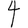
Digit: 4